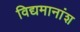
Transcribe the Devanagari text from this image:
विद्यमानांश